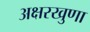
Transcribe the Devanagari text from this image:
अक्षरखुणा